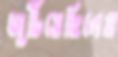
জুটিয়েছিলেম